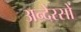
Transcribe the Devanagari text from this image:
अन्देरसों